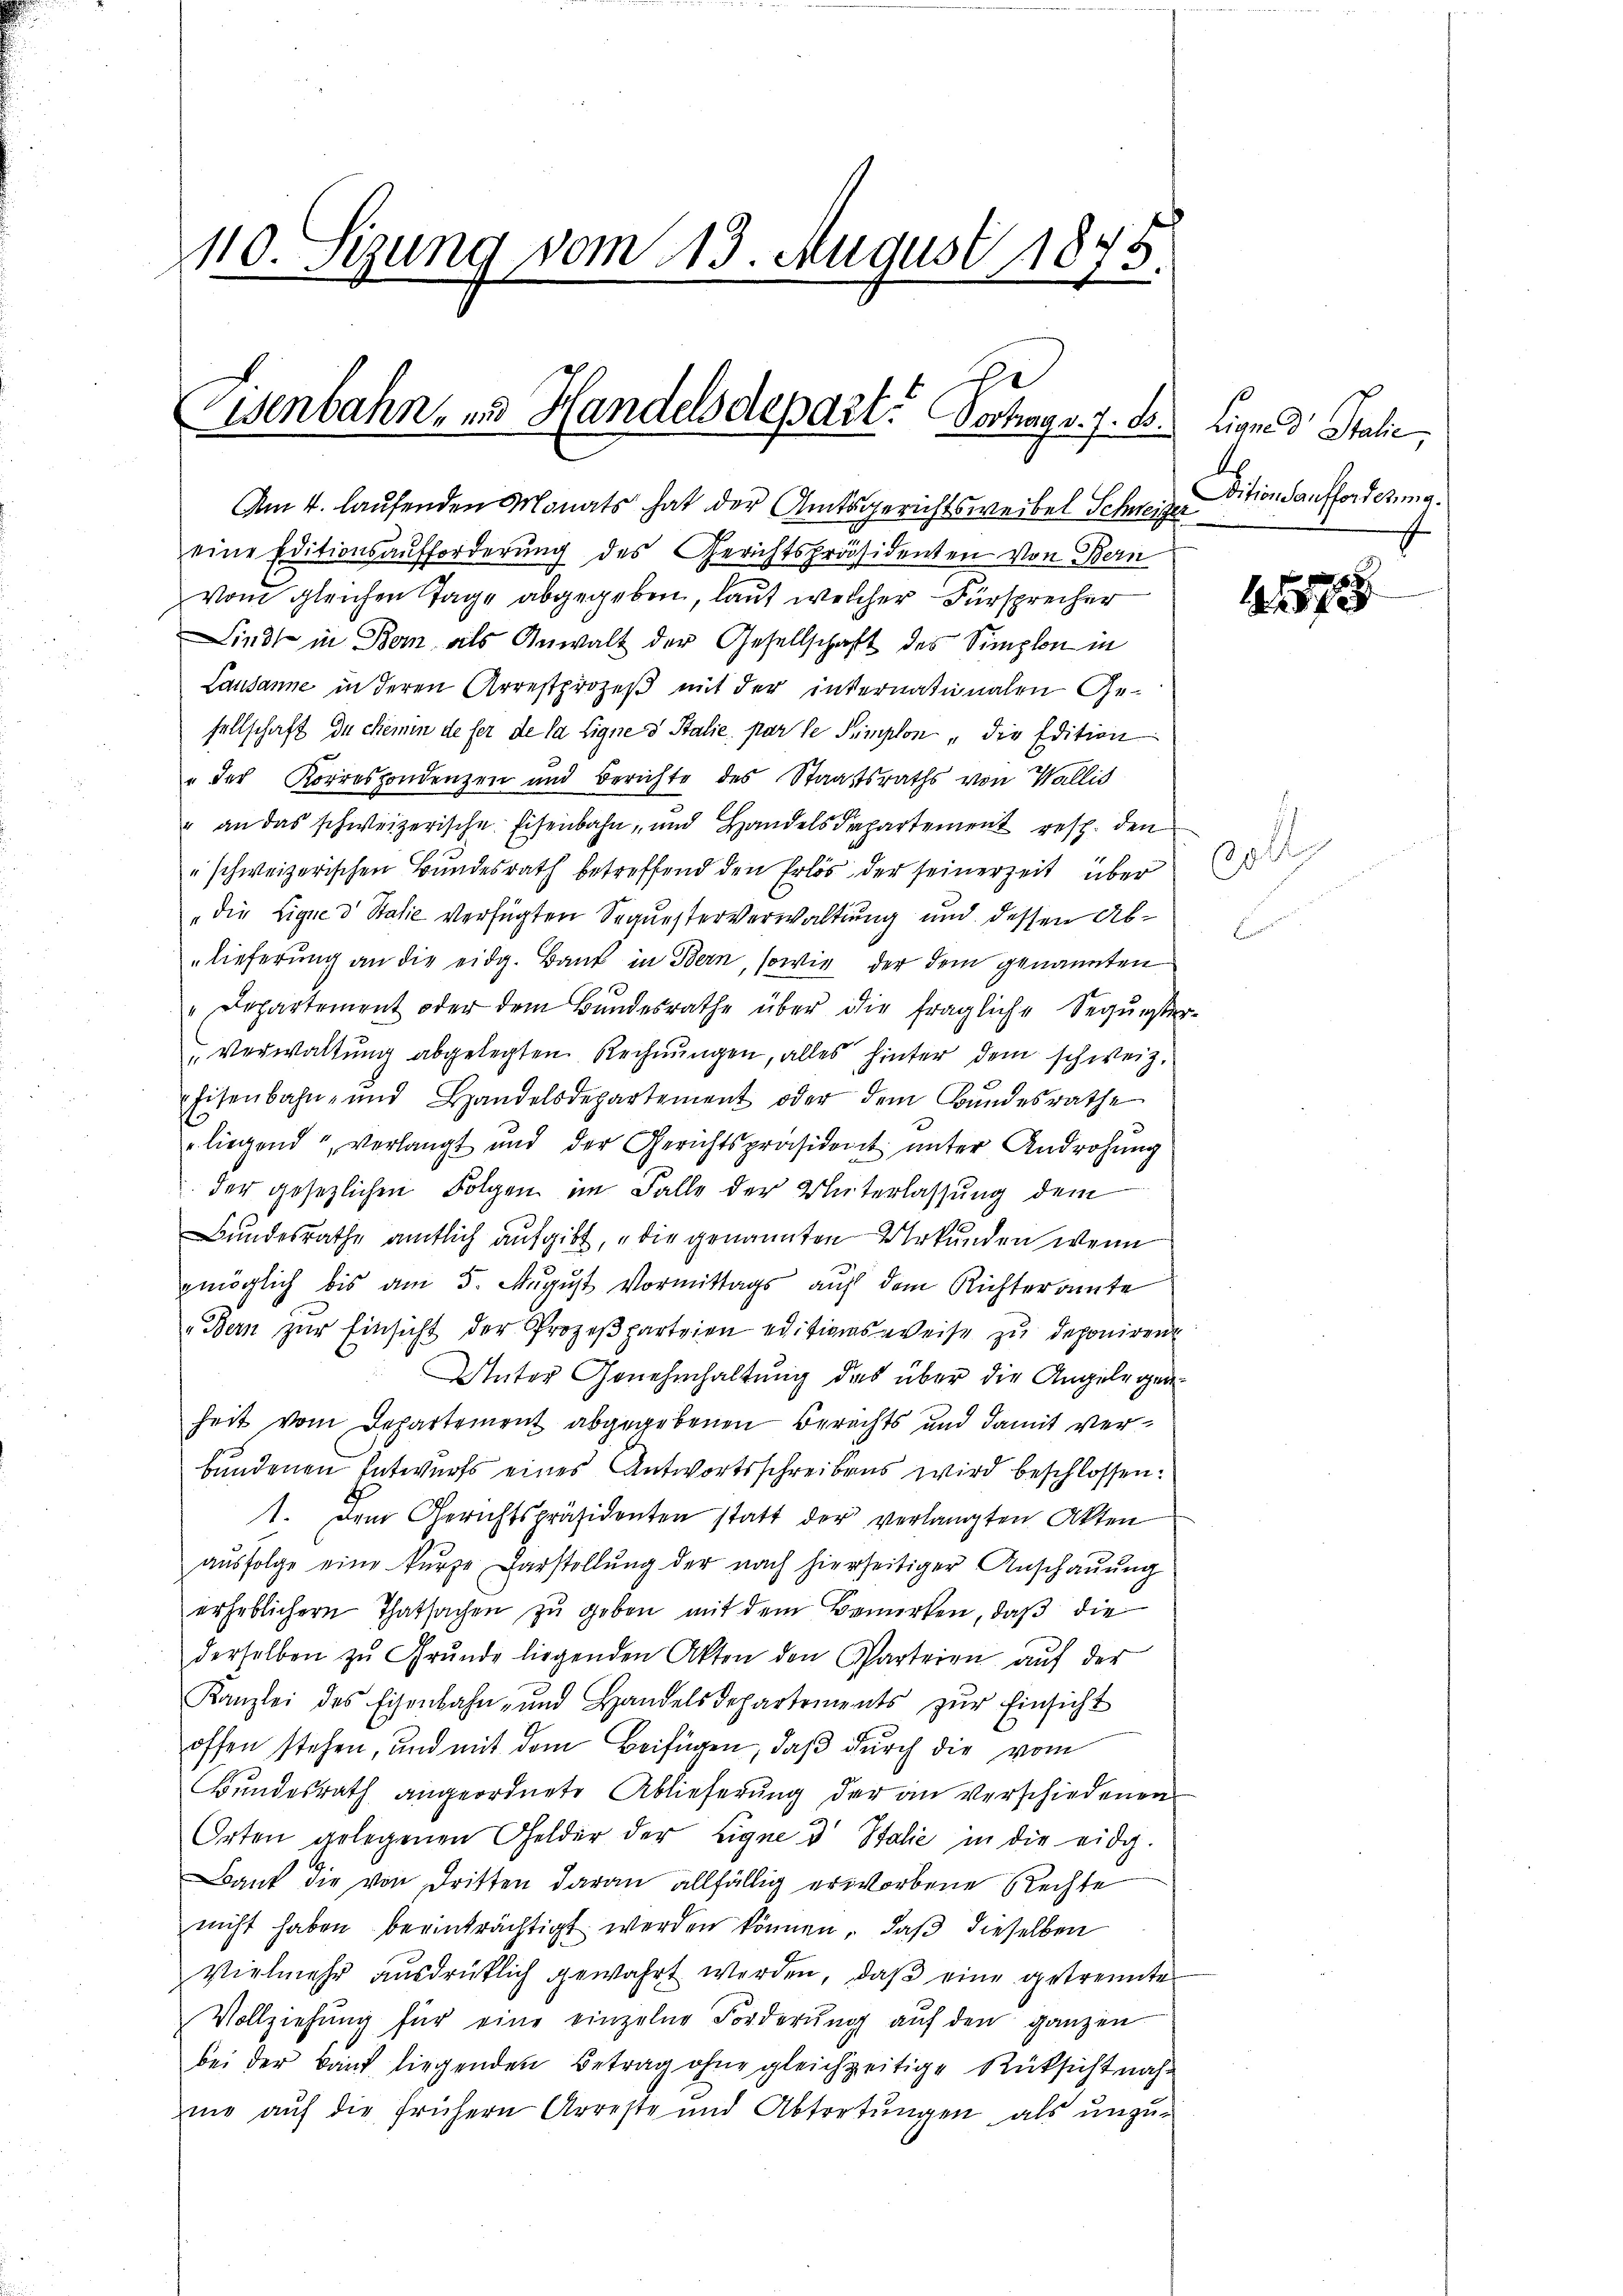
110. Sizung vom 13. August 1875.

Visenbahn- und Handelsdepart. Vortrag v. 7. d. Linnes Talić,

Am 4. laufenden Monats hat der Amtsgerichtsweibel Schweizer
eine Editionsaufforderung des Gerichtspräsidenten von Bern
vom gleichen Tage abgegeben, laut welcher Fürsprecher
Lindt in Bei als Anwalt der Gesellschaft des Simplon in
Lausanne in deren Arrestprozeß mit der internationalen Ge-
sellschaft de chemin de fer de la lignes Stalie par le Simplon „die Edition
" der Korrespondenzen und Berichte des Staatsraths von Wallis
" an das schweizerische Eisenbahn, und Handelsdepartement resp. den
" schweizerischen Bundesrath betreffend den Erlös der seinerzeit über
„die Eigne d Stalie verfügten Sequesterverwaltung und dessen Ablieferung an die eidg. Bank in Bern, sowie der dem genannten
"Departement oder dem Bundesrathe über die fragliche Sequester-
Verwaltŭng abgelegten Rechnŭngen, alles hinter dem schweiz.
Eisenbahn- und Handelsdepartement oder dem Bŭndesrathe
„liegend verlangt und der Gerichtspräsident unter Androhung
der gesezlichen Folgen im Falle der Unterlassung dem
Bundesrathe amtlich aufgibt, die genannten Urkunden wenn
möglich bis am 5. August Vormittags auf dem Richteramte
„Bern zŭr Einsicht der Prozeβparteien editionsweise zu deponiren
Unter Genehmhaltung das über die Angelegenheit vom Departement abgegebenen Berechts und damit verbundenen Entwurfs eines Antwortsschreibens wird beschlossen:
1. Dem Gerichtspräsidenten statt der verlangten Akten
aŭsfolge eine kurze Darstellŭng der nach hierseitiger Anschaŭŭng
erheblichern Thatsachen zu geben mit dem Bemerken, daß die
derselben zŭ Grŭnde liegenden Akten den Parteien aŭf der
Kanzlei des Eisenbahn- und Handelsdepartements zŭr Einsicht
offen stehen, und mit dem Beifügen, daβ dŭrch die vom
Bundesrath angeordnete Ablieferung der an verschiedenen
Orten gelegenen Gelder der Eigne d Italie in die eidg.
Bank die von dritten daran allfällig erworbene Rechte
nicht haben beeinträchtigt werden können, daß dieselben
Vielmehr ausdrücklich gewahrt werden, daβ eine getrennte
Vollziehŭng für eine einzelne Forderŭng auf den ganzen
bei der Bauf liegenden Betrag ohne gleichzeitige Rüksicht nach-
mi auf die frühern Arreste und Abtretungen als unzu-

Vitionslaufforderung

.
30

11578